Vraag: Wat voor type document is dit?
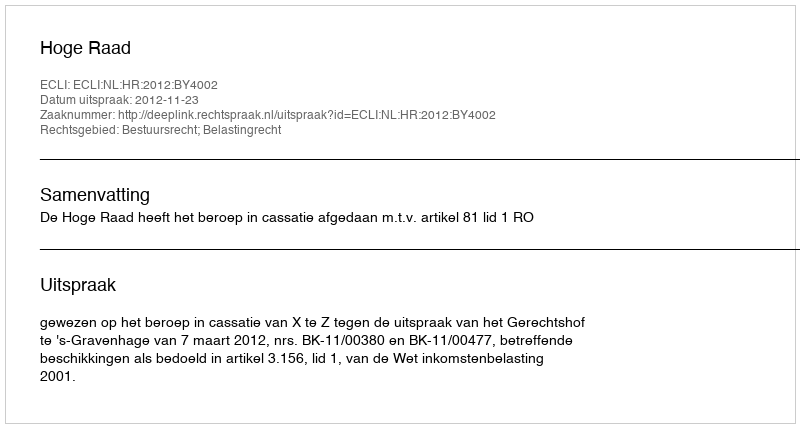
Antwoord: Uitspraak